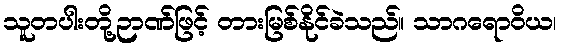
သူတပါးတို့ဉာဏ်ဖြင့် တားမြစ်နိုင်ခဲသည်။ သာဂရောဝိယ၊